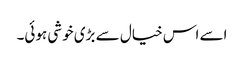
اسے اس خیال سے بڑی خوشی ہوئی۔